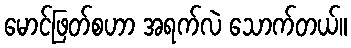
မောင်ဖြတ်စဟာ အရက်လဲ သောက်တယ်။